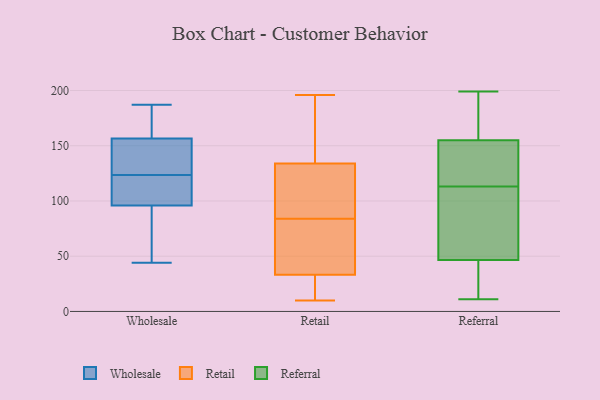
{"axis": {"x": "Headcount", "y": "Value"}, "legend": ["Referral", "Retail", "Wholesale"], "data": [{"x": "", "y": 187, "type": "Wholesale"}, {"x": "", "y": 115, "type": "Wholesale"}, {"x": "", "y": 159, "type": "Wholesale"}, {"x": "", "y": 61, "type": "Wholesale"}, {"x": "", "y": 130, "type": "Wholesale"}, {"x": "", "y": 44, "type": "Wholesale"}, {"x": "", "y": 89, "type": "Wholesale"}, {"x": "", "y": 153, "type": "Wholesale"}, {"x": "", "y": 117, "type": "Wholesale"}, {"x": "", "y": 103, "type": "Wholesale"}, {"x": "", "y": 175, "type": "Wholesale"}, {"x": "", "y": 154, "type": "Wholesale"}, {"x": "", "y": 112, "type": "Retail"}, {"x": "", "y": 28, "type": "Retail"}, {"x": "", "y": 28, "type": "Retail"}, {"x": "", "y": 41, "type": "Retail"}, {"x": "", "y": 118, "type": "Retail"}, {"x": "", "y": 55, "type": "Retail"}, {"x": "", "y": 20, "type": "Retail"}, {"x": "", "y": 86, "type": "Retail"}, {"x": "", "y": 84, "type": "Retail"}, {"x": "", "y": 196, "type": "Retail"}, {"x": "", "y": 118, "type": "Retail"}, {"x": "", "y": 70, "type": "Retail"}, {"x": "", "y": 35, "type": "Retail"}, {"x": "", "y": 182, "type": "Retail"}, {"x": "", "y": 10, "type": "Retail"}, {"x": "", "y": 182, "type": "Retail"}, {"x": "", "y": 194, "type": "Retail"}, {"x": "", "y": 45, "type": "Referral"}, {"x": "", "y": 155, "type": "Referral"}, {"x": "", "y": 26, "type": "Referral"}, {"x": "", "y": 11, "type": "Referral"}, {"x": "", "y": 56, "type": "Referral"}, {"x": "", "y": 199, "type": "Referral"}, {"x": "", "y": 96, "type": "Referral"}, {"x": "", "y": 145, "type": "Referral"}, {"x": "", "y": 48, "type": "Referral"}, {"x": "", "y": 155, "type": "Referral"}, {"x": "", "y": 130, "type": "Referral"}, {"x": "", "y": 180, "type": "Referral"}]}